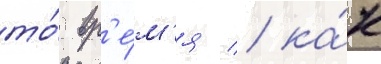
то́ вр'е́м'я / ка́к